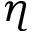
\eta